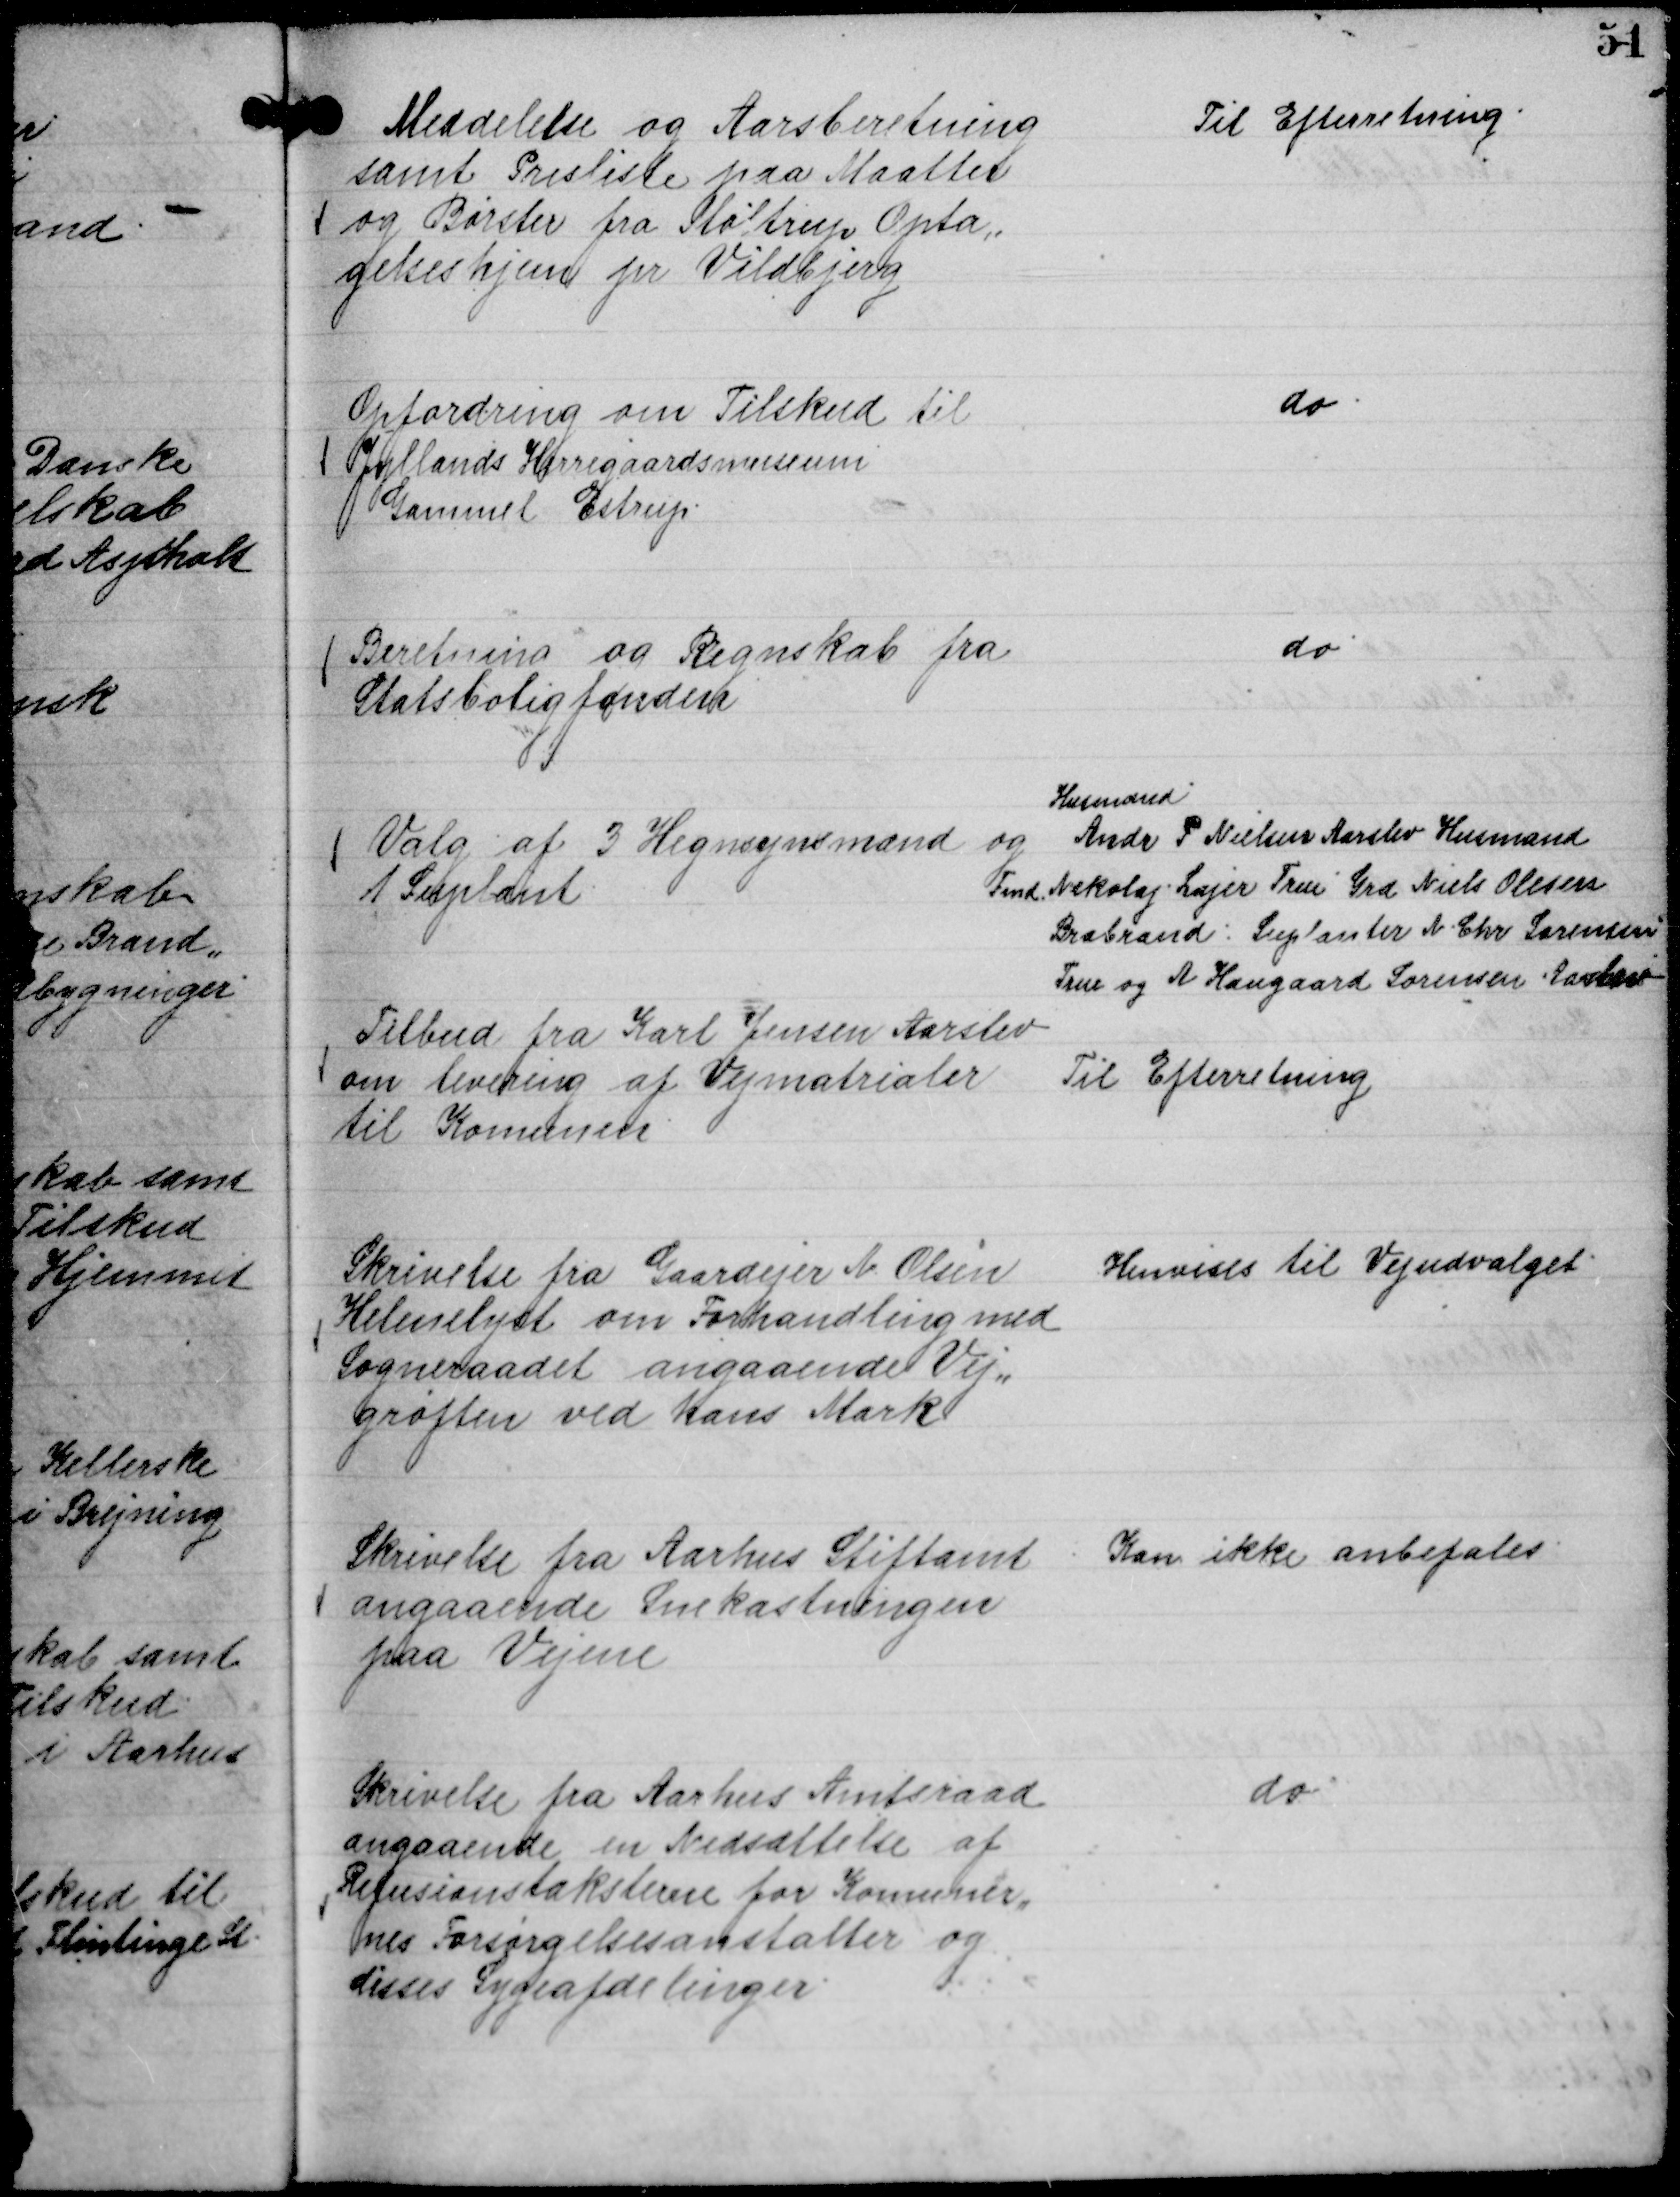
Transskription:
Meddelelse og Aarsberetning
samt Prisliste paa Maatter
og Børster fra Møltrup Opta,,
gelseshjem pr Vildbjerg

Til Efterretning.

Opfordring om Tilskud til
Jyllands Herregaardsmuseum
Gammel Estrup.

do.

Beretning og Regnskab fra
Statsboligfonden

do

Valg af 3 Hegnsynsmænd og
1 Suplant

Husmand.
Andr P Nielsen Aarslev Husmand
Fmd. Nikolaj Lajer True Grd Niels Olesen
Brabrand : Suplanter N. Chr Sørensen
True og A Haugaard Sørensen Aarslev

Tilbud fra Karl Jensen Aarslev
om levering af Vejmatrialer
til Komunen

Til Efterretning

Skrivelse fra Gaardejer N Olsen
Helenelyst om Forhandling med
Sogneraadet angaaende Vej,,
grøften ved hans Mark

Henvises til Vejudvalget.

Skrivelse fra Aarhus Stiftamt
angaaende Snekastningen
paa Vejene

Kan ikke anbefales.

Skrivelse fra Aarhus Amtsraad
angaaende en Nedsættelse af
Refusionstaksterne fra Komuner,,
nes Forsørgelsesanstalter og
disses Sygeafdelinger.

do